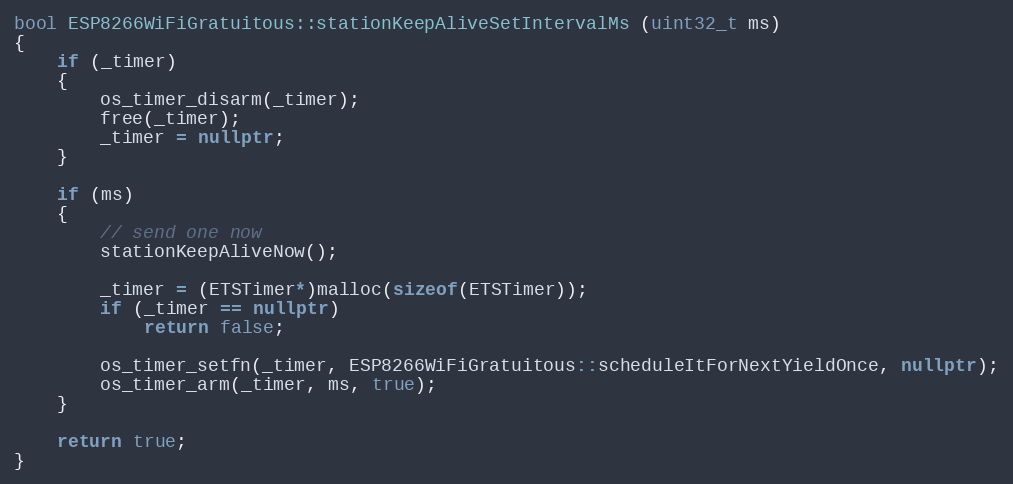
Language: C++
bool ESP8266WiFiGratuitous::stationKeepAliveSetIntervalMs (uint32_t ms)
{
    if (_timer)
    {
        os_timer_disarm(_timer);
        free(_timer);
        _timer = nullptr;
    }

    if (ms)
    {
        // send one now
        stationKeepAliveNow();

        _timer = (ETSTimer*)malloc(sizeof(ETSTimer));
        if (_timer == nullptr)
            return false;

        os_timer_setfn(_timer, ESP8266WiFiGratuitous::scheduleItForNextYieldOnce, nullptr);
        os_timer_arm(_timer, ms, true);
    }

    return true;
}